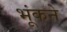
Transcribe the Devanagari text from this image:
भूंकने